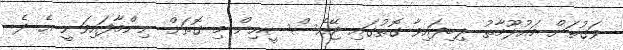
ވަގުތަށް މައުލޫމާތު ލިބިފައިވާ ގޮތުގައި ޖޭއެސްސީއިން މި ގޮތަށް ނިންމާފައިވަނީ އެ ދެ